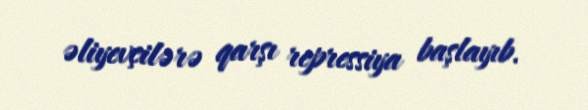
əliyevçilərə qarşı repressiya başlayıb.